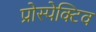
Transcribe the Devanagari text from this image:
प्रोस्पेक्टिव